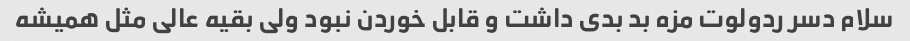
سلام دسر ردولوت مزه بد بدی داشت و قابل خوردن نبود ولی بقیه عالی مثل همیشه